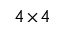
4 \! \times \! 4